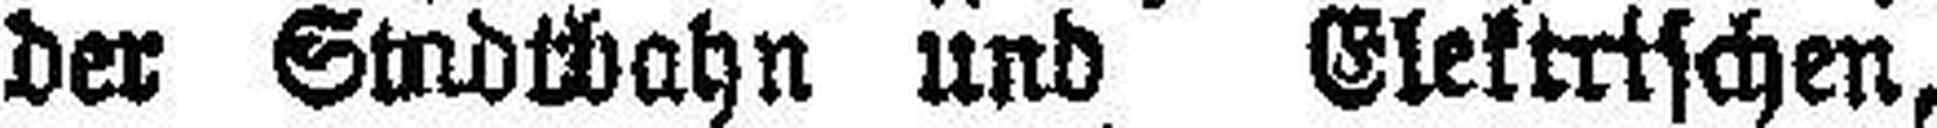
der Stadtbahn und Elektrischen,